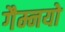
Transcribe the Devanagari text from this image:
गैम्नयो